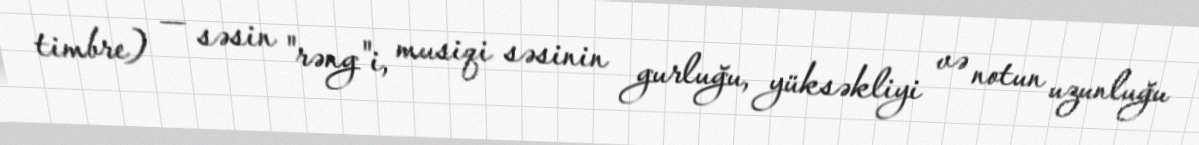
timbre) — səsin "rəng"i, musiqi səsinin gurluğu, yüksəkliyi və notun uzunluğu